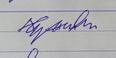
Signature authenticity: forged